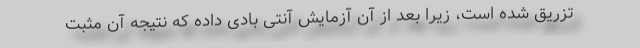
تزریق شده است، زیرا بعد از آن آزمایش آنتی بادی داده که نتیجه آن مثبت